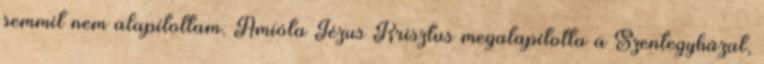
semmit nem alapítottam. Amióta Jézus Krisztus megalapította a Szentegyházat,